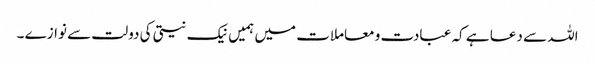
اللہ سے دعا ہے کہ عبادت و معاملات میں ہمیں نیک نیتی کی دولت سے نوازے ۔